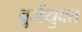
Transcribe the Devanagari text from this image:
बुर्जयुक्त